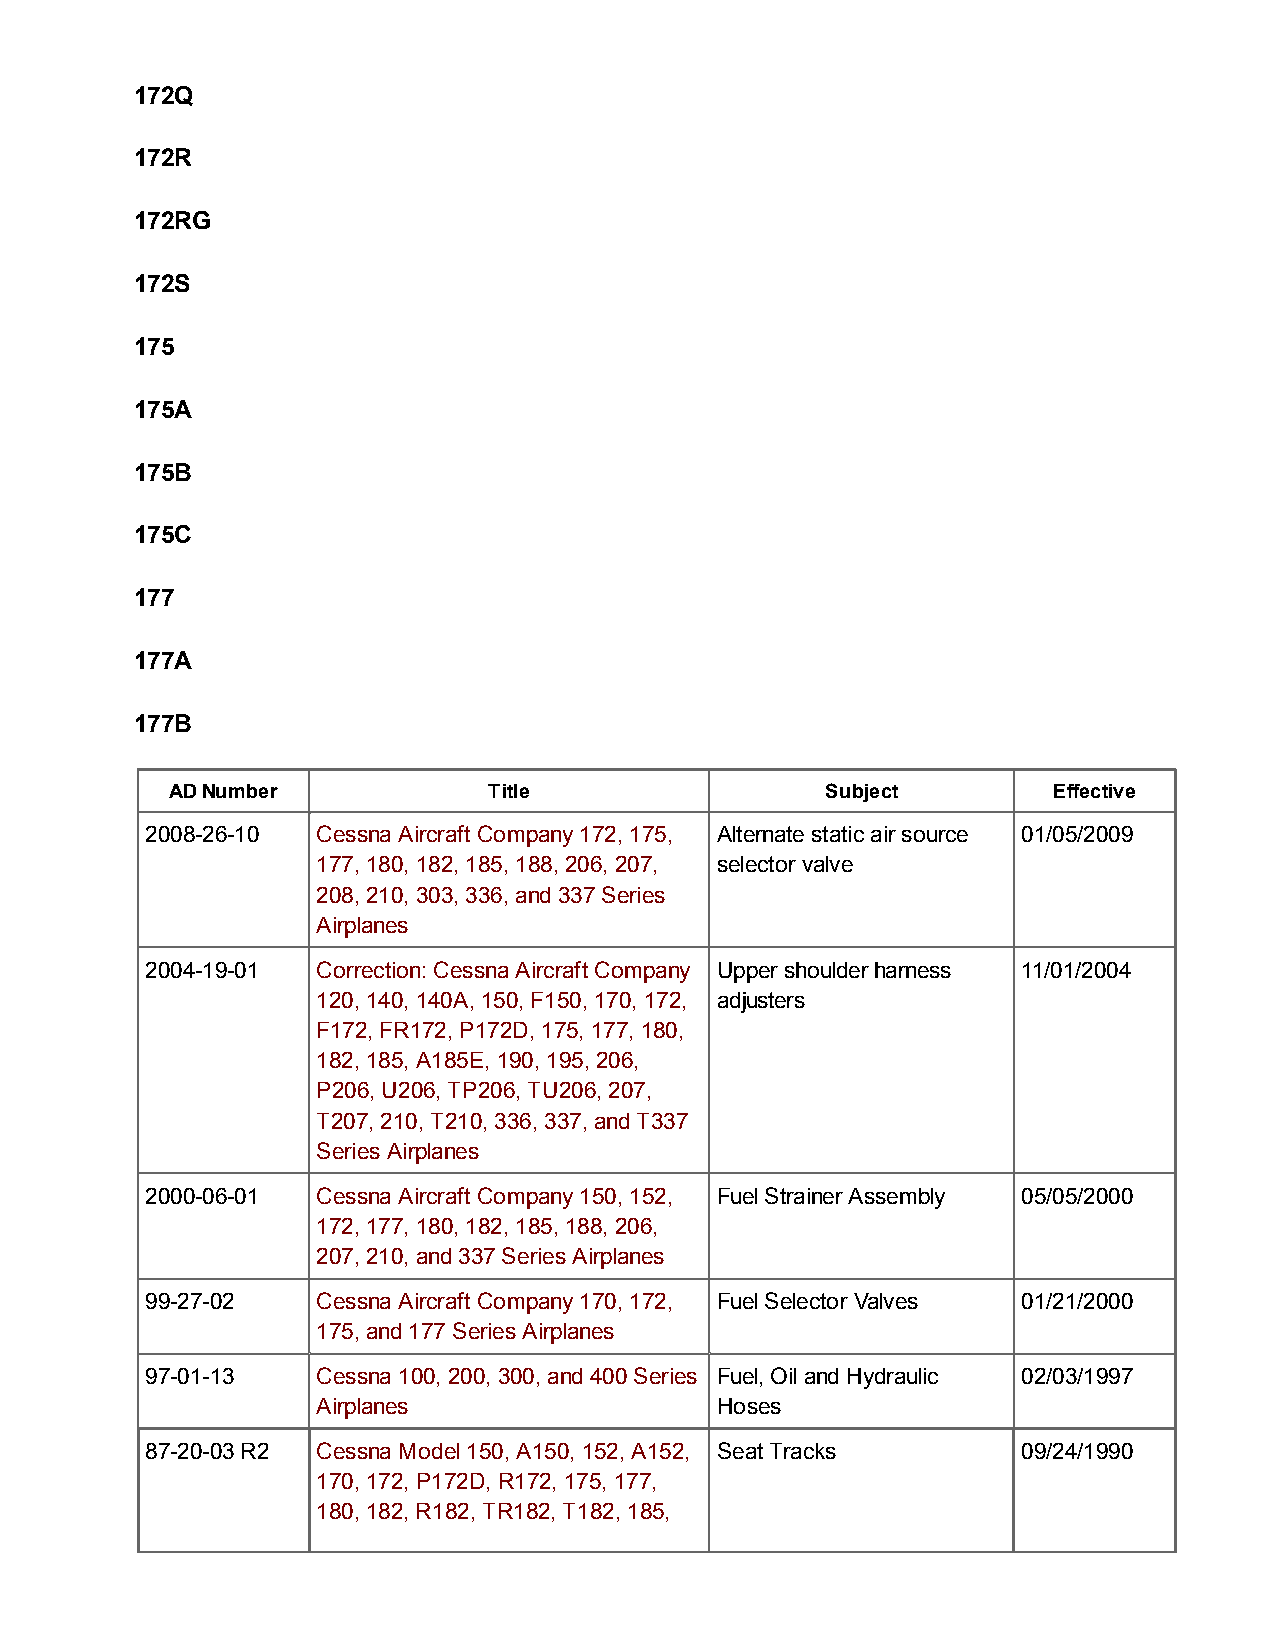
172Q
 172R
 172RG
 172S
 175
 175A
 175B
 175C
 177
 177A
 177B
 AD Number            Title                  Subject        Effective
 2008-26-10 Cessna Aircraft Company 172, 175, Alternate static air source 01/05/2009
 177, 180, 182, 185, 188, 206, 207, selector valve
 208, 210, 303, 336, and 337 Series
 Airplanes
 2004-19-01 Correction: Cessna Aircraft Company Upper shoulder harness 11/01/2004
 120, 140, 140A, 150, F150, 170, 172, adjusters
 F172, FR172, P172D, 175, 177, 180,
 182, 185, A185E, 190, 195, 206,
 P206, U206, TP206, TU206, 207,
 T207, 210, T210, 336, 337, and T337
 Series Airplanes
 2000-06-01 Cessna Aircraft Company 150, 152, Fuel Strainer Assembly 05/05/2000
 172, 177, 180, 182, 185, 188, 206,
 207, 210, and 337 Series Airplanes
 99-27-02   Cessna Aircraft Company 170, 172, Fuel Selector Valves 01/21/2000
 175, and 177 Series Airplanes
 97-01-13   Cessna 100, 200, 300, and 400 Series Fuel, Oil and Hydraulic 02/03/1997
 Airplanes                 Hoses
 87-20-03 R2 Cessna Model 150, A150, 152, A152, Seat Tracks 09/24/1990
 170, 172, P172D, R172, 175, 177,
 180, 182, R182, TR182, T182, 185,